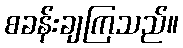
စခန်းချကြသည်။